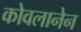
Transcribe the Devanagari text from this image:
कोवलानेन